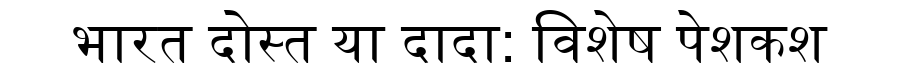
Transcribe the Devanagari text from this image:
भारत दोस्त या दादा: विशेष पेशकश